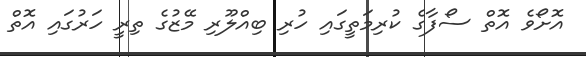
އޮށޯވެ އޮތް ސޯފާގެ ކުރިމަތީގައި ހުރި ބިއްލޫރި މޭޒުގެ ތިރީ ހަރުގައި އޮތް